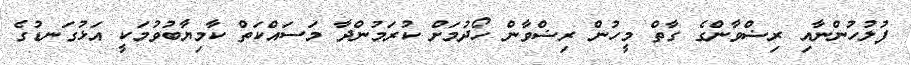
ފުލުހުންނާއި ރިޟްވާންގެ ގާތް މީހުން ރިޟްވާން ހޯދުމަށް ކުރަމުންދާ މަސައްކަތް ކާމިޔާބުވުމަކީ އަޅުގަނޑުގެ